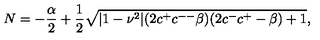
N = - \frac { \alpha } { 2 } + \frac { 1 } { 2 } \sqrt { | 1 - \nu ^ { 2 } | ( 2 c ^ { + } c ^ { -- } \beta ) ( 2 c ^ { - } c ^ { + } - \beta ) + 1 } ,